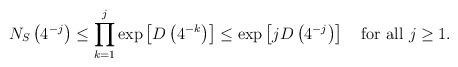
LaTeX: \begin{align*}N_{S}\left(4^{-j}\right)\le\prod_{k=1}^{j}\exp\left[D\left(4^{-k}\right)\right]\le\exp\left[jD\left(4^{-j}\right)\right]\quad\mbox{for all }j\ge 1.\end{align*}